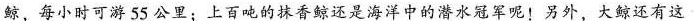
鲸，每小时可游55公里；上百吨的抹香鲸还是海洋中的潜水冠军呢！另外，大鲸还有这